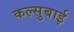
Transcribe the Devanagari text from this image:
कल्सुबाई